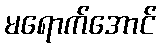
မရောက်အောင်